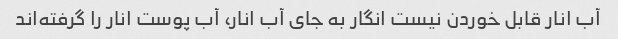
آب انار قابل خوردن نیست انگار به جای آب انار، آب پوست انار را گرفته‌اند